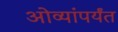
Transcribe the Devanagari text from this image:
ओव्यांपर्यंत